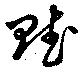
賦